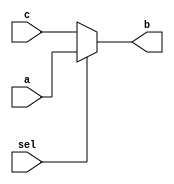
module mux_continous(input a, c, sel, output b);
  assign b = sel ? a : c;
endmodule